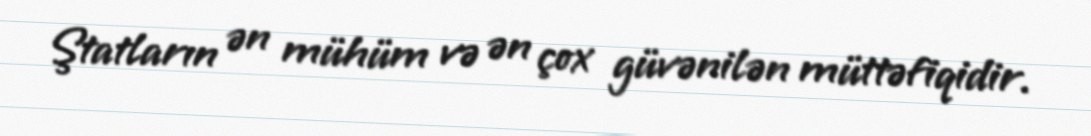
Ştatların ən mühüm və ən çox güvənilən müttəfiqidir.